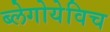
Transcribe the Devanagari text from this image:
ब्लेगोयेविच